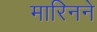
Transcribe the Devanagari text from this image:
मारिनने